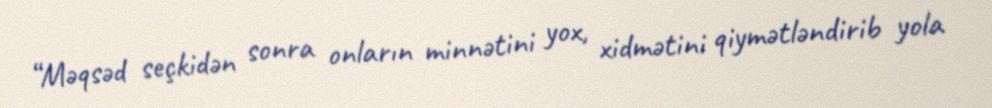
“Məqsəd seçkidən sonra onların minnətini yox, xidmətini qiymətləndirib yola